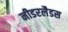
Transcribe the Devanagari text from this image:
नीडरलैडस